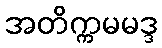
အတိက္ကမမဒ္ဒ